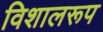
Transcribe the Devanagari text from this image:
विशालरूप